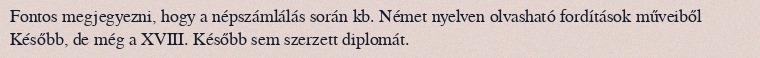
Fontos megjegyezni, hogy a népszámlálás során kb. Német nyelven olvasható fordítások műveiből Később, de még a XVIII. Később sem szerzett diplomát.